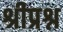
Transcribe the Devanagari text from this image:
श्रीप्रश्न